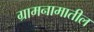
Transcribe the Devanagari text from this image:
ग्रामनामातील